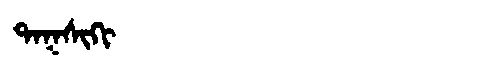
Manchu: ᡨᠠᡴᠰᡳᡴᡳ
Romanization: TAKSIKI